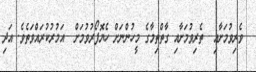
ވެރިވުމަށާއި  ތެރިވުމަށާއި ގާތްތިމާގެ މީހުންނަށް ހެޔޮފޯރުވުމަށް  އަމުރުކުރައްވަތެވެ. އަދި